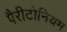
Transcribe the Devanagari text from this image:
पैरीटोनियम